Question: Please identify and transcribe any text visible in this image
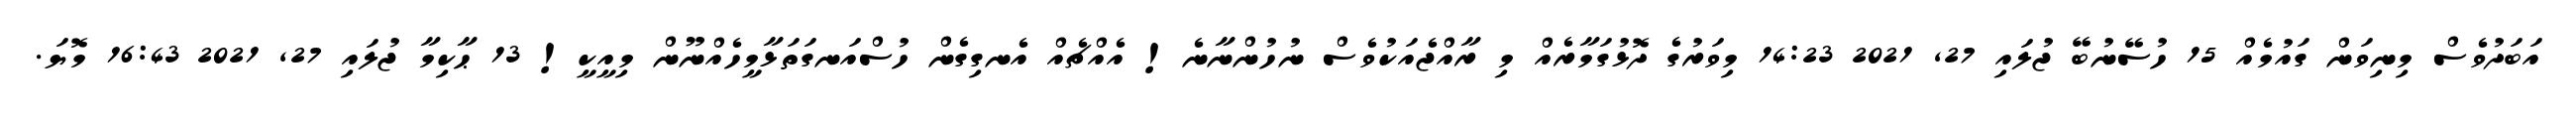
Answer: އަބަދުވެސް މިނިވަން ގައުމެއް 15 ހުސޭނުބޭ ޖުލައި 27, 2021 14:23 މިވަރުގެ ދޮޅުގަމާރެއް މި ރާއްޖެއަކުވެސް ނުހުންނާނެ! އެއްޗެއް އެނގިގެން ހުސްއަނގަތަޅާމީހެއްނޫން މިއީކީ! 13 ޙާކިމާ ޖުލައި 27, 2021 16:43 މޮޔަ.